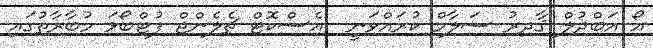
އޯ އަބްދުލް ޤާދިރު ސަލާމް ކުރައްވަނީ  އެސްކޮޓް ޗެލެންޖް ފުޓްބޯޅަ މުބާރާތުގައި